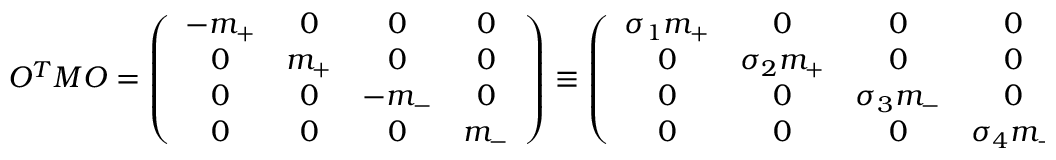
O ^ { T } M O = \left( \begin{array} { c c c c } { { - m _ { + } } } & { { 0 } } & { { 0 } } & { { 0 } } \\ { { 0 } } & { { m _ { + } } } & { { 0 } } & { { 0 } } \\ { { 0 } } & { { 0 } } & { { - m _ { - } } } & { { 0 } } \\ { { 0 } } & { { 0 } } & { { 0 } } & { { m _ { - } } } \end{array} \right) \equiv \left( \begin{array} { c c c c } { { \sigma _ { 1 } m _ { + } } } & { { 0 } } & { { 0 } } & { { 0 } } \\ { { 0 } } & { { \sigma _ { 2 } m _ { + } } } & { { 0 } } & { { 0 } } \\ { { 0 } } & { { 0 } } & { { \sigma _ { 3 } m _ { - } } } & { { 0 } } \\ { { 0 } } & { { 0 } } & { { 0 } } & { { \sigma _ { 4 } m _ { - } } } \end{array} \right) \ ,